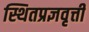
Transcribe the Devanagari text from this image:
स्थितप्रज्ञवृत्ती